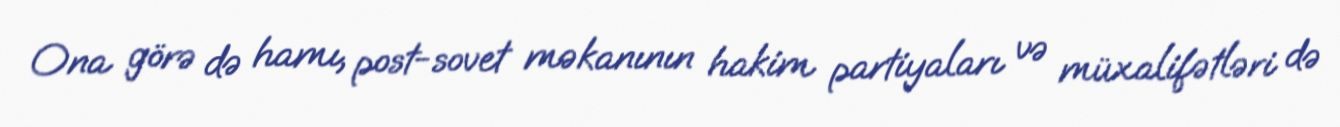
Ona görə də hamı, post-sovet məkanının hakim partiyaları və müxalifətləri də